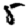
Digit: 5